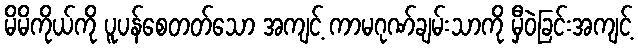
မိမိကိုယ်ကို ပူပန်စေတတ်သော အကျင့် ကာမဂုဏ်ချမ်းသာကို မှီဝဲခြင်းအကျင့်